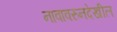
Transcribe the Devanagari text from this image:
नावावरुनदेखील